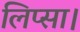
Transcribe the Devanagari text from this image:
लिप्सा।